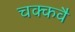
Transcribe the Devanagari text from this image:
चक्‍कवै